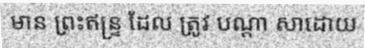
មាន ព្រះឥន្ទ្រ ដែល ត្រូវ បណ្តា សាដោយ